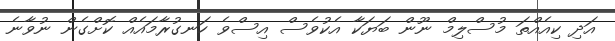
އަދި ކިއެއްތަ މުސްލިމް ނޫން ބަޔަކާ އެކުވެސް އިސްވެ ހަނގުރާމައެއް ކޮށްގެން ނުވާނެ